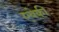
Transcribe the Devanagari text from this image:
एबेकी